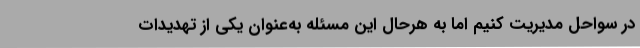
در سواحل مدیریت کنیم اما به هرحال این مسئله به‌عنوان یکی از تهدیدات